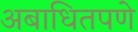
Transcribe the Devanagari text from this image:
अबाधितपणे